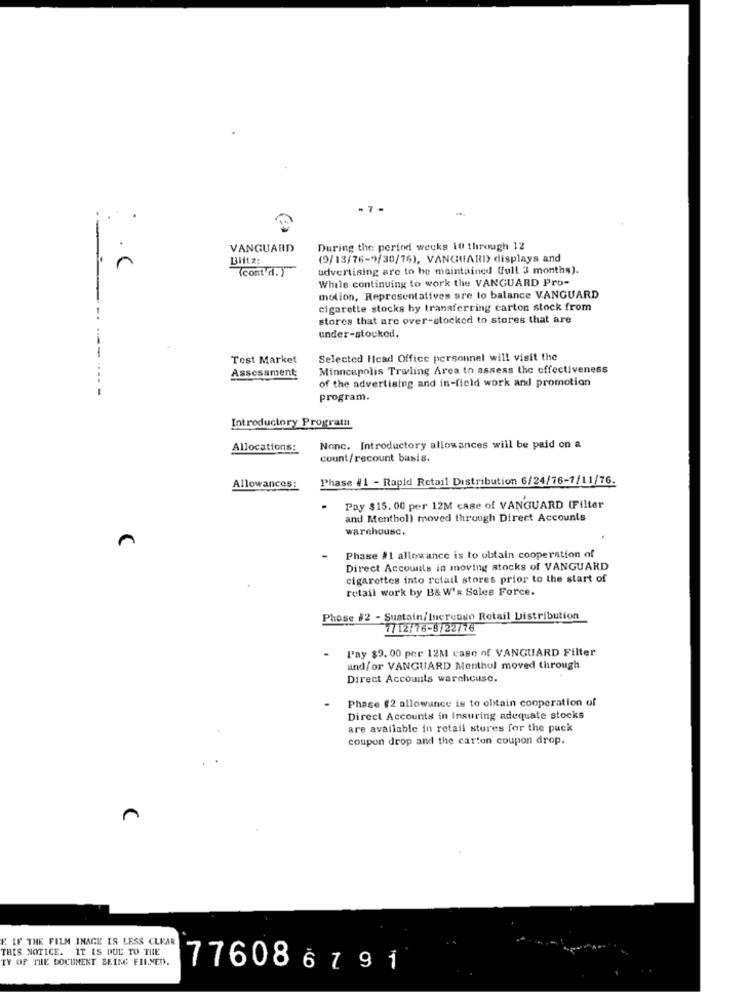
- 7 .
VANGUARD
During the period weeks 10 through 12
Blitz:
(9/13/76-9/30/16), VANGUARD) displays and
.C
(cont di. )
advertising are to be maintained (full 3 months).
While continuing to work the VANGUARD Pro-
--
motion, Representatives are to balance VANGUARD
cigarette stocks hy transferring carton stock from
stores that are over-stocked to stores that are
under-stocked.
--
Test Market
Selected Head Office personnel will visit the
Assessment
Minneapolis Trwling Area to assess the effectiveness
of the advertising and in-field work and promotion
program.
Introductory Programa
Allocations:
Nonc. Introductory allowances will be paid on a
count/recount basis.
Phase # 1 - Rapid Retail Distribution 6/24/76-7/11/76.
Allowances:
Pay $15. 00 per 12M case of VANGUARD (Filter
and Menthol) moved through Direct Accounts
warehouse.
C
Phase #1 allowance is to obtain cooperation of
Direct Accounts in moving stocks of VANGUARD
cigarettes into retail stores prior to the start of
retail work by B& W's Sales Force.
Phase #2 - Sustain/fuercaso Retail Distribution
7/12/76-8/22776
Pay $9. 00 per 12M case of VANGUARD Filter
and/or VANGUARD Menthul moved through
Direct Accounts warcheuse.
Phase #2 allowance is to obtain cooperation of
Direct Accounts in insuring adequate stocks
are available in retail stores for the pack
coupon drop and the carton coupon drop.
E. IF THE FILM INAGE IS LESS CLEAR
THIS NOTICE. IT IS DUE TO THE
TY OF THE DOCUMENT BEING FILNED.
776086791